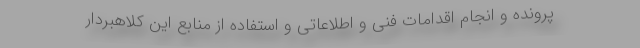
پرونده و انجام اقدامات فنی و اطلاعاتی و استفاده از منابع این کلاهبردار